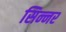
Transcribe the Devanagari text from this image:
सिन्‍नर